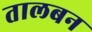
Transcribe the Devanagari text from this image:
तालबन